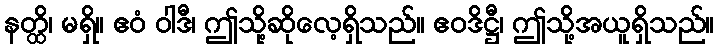
နတ္ထိ၊ မရှိ။ ဧဝံ ဝါဒီ၊ ဤသို့ဆိုလေ့ရှိသည်။ ဧဝဒိဋ္ဌီ၊ ဤသို့အယူရှိသည်။